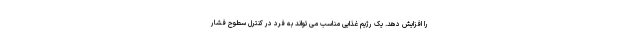
را افزایش دهد. یک رژیم غذایی مناسب می تواند به فرد در کنترل سطوح فشار